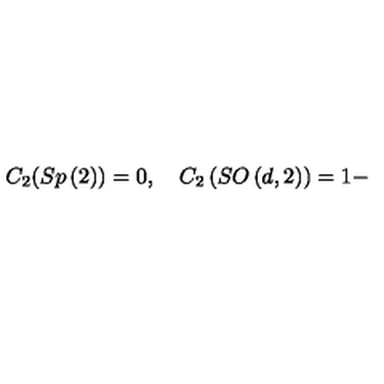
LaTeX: C _ { 2 } ( S p \left( 2 \right) ) = 0 , \quad C _ { 2 } \left( S O \left( d , 2 \right) \right) = 1 -